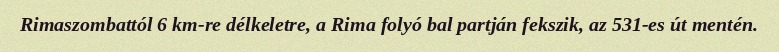
Rimaszombattól 6 km-re délkeletre, a Rima folyó bal partján fekszik, az 531-es út mentén.